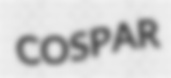
COSPAR